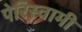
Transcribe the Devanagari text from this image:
पेरिस्वामी